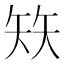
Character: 𰦖